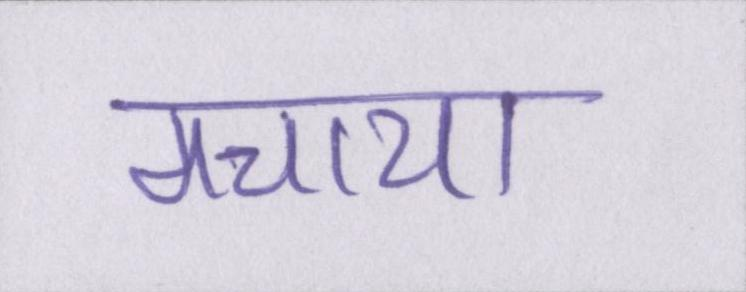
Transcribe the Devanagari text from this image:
मचाया